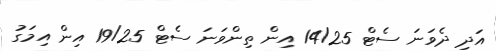
އަދި ދެވަނަ ސެޓް 14/25 އިން ތިންވަނަ ސެޓް 19/25 އިން އިމަގު